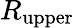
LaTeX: R_{\mathrm{upper}}